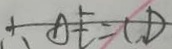
\therefore A E = C D